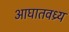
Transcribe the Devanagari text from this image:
आघातवध्र्य